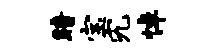
暗宝究悼